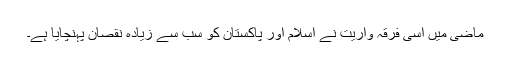
ماضی میں اسی فرقہ واریت نے اسلام اور پاکستان کو سب سے زیادہ نقصان پہنچایا ہے۔